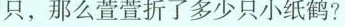
只，那么萱萱折了多少只小纸鹤?